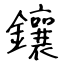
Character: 鑲